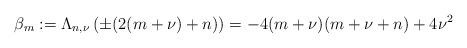
LaTeX: \begin{align*}\beta _{m}:=\Lambda _{n,\nu }\left( \pm (2(m+\nu )+n)\right) =-4(m+\nu)(m+\nu +n)+4\nu ^{2}\end{align*}